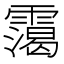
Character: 𩅳